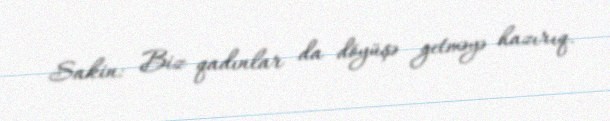
Sakin: Biz qadınlar da döyüşə getməyə hazırıq.